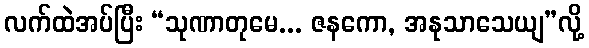
လက်ထဲအပ်ပြီး “သုဏာတုမေ... ဇနကော, အနုသာသေယျ”လို့